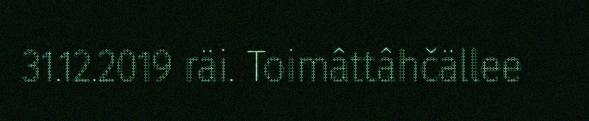
31.12.2019 räi. Toimâttâhčällee